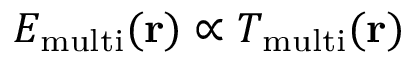
{ { E } _ { \mathrm { m u l t i } } } ( { \bf { r } } ) \propto { { T } _ { \mathrm { m u l t i } } } ( { \bf { r } } )